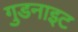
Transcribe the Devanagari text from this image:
गुडनाइट